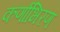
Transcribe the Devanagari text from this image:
कर्णाभिरण